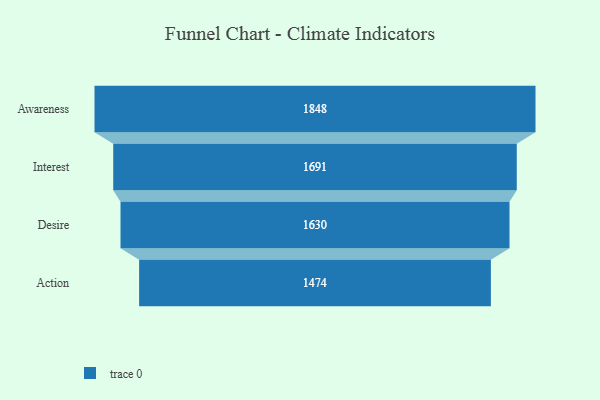
{"axis": {"x": "Stage", "y": "Value"}, "legend": [""], "data": [{"x": "Awareness", "y": 1848.0, "type": ""}, {"x": "Interest", "y": 1691.0, "type": ""}, {"x": "Desire", "y": 1630.0, "type": ""}, {"x": "Action", "y": 1474.0, "type": ""}]}